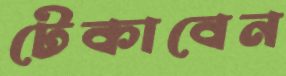
টেকাবেন